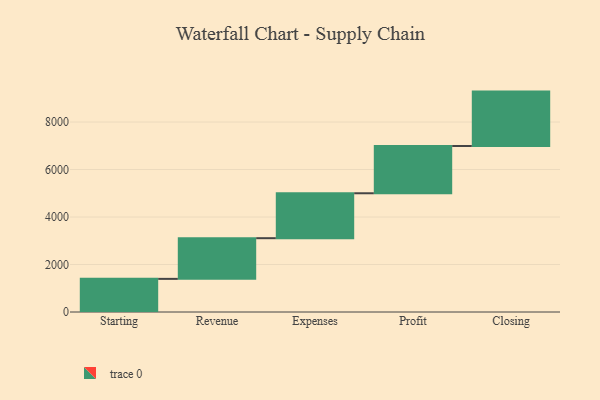
{"axis": {"x": "Step", "y": "Value"}, "legend": [""], "data": [{"x": "Starting", "y": 1395.0, "type": ""}, {"x": "Revenue", "y": 1713.0, "type": ""}, {"x": "Expenses", "y": 1892.0, "type": ""}, {"x": "Profit", "y": 1991.0, "type": ""}, {"x": "Closing", "y": 2290.0, "type": ""}]}